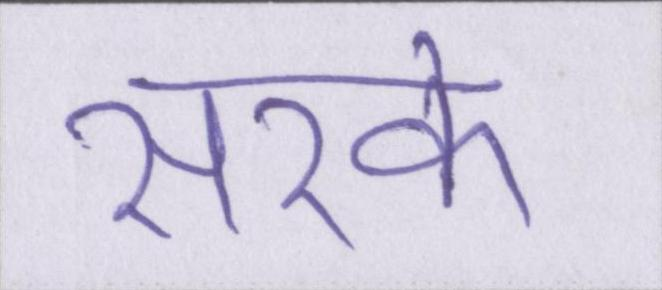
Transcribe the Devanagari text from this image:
सरके